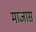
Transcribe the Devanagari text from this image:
माजास